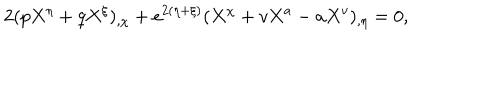
2 ( p X ^ { \eta } + q X ^ { \xi } ) _ { , \chi } + e ^ { 2 ( \eta + \xi ) } ( X ^ { \chi } + v X ^ { a } - a X ^ { v } ) _ { , \eta } = 0 ,